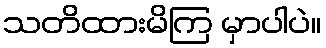
သတိထားမိကြ မှာပါပဲ။